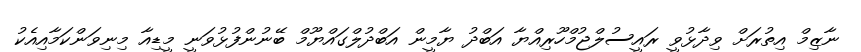
ނާޒިމް އިތުރަށް ވިދާޅުވީ ރައީސުލްޖުމްހޫރިއްޔާ އަބްދު ޔާމީން އަބްދުލްގައްޔޫމް ބޭނުންފުޅުވަނީ މީޑިއާ މިނިވަންކަމާއިއެކު